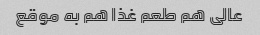
عالی هم طعم غذا هم به موقع